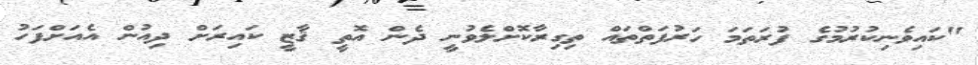
"ކައިވެނިކުރުމުގެ ފުރަތަމަ ހަރުފަތްތައް ތިގިރާކޮށްލެވުނީ ދެން އޮތީ ޤާޒީ ކައިރަށް ދިއުން އެއަށްފަހު